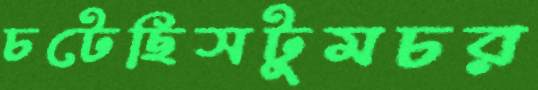
চটেছিসটুমচর